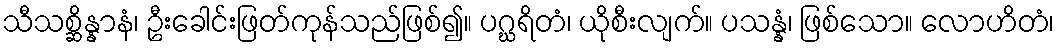
သီသစ္ဆိန္နာနံ၊ ဦးခေါင်းဖြတ်ကုန်သည်ဖြစ်၍။ ပဂ္ဃရိတံ၊ ယိုစီးလျက်။ ပသန္နံ၊ ဖြစ်သော။ လောဟိတံ၊